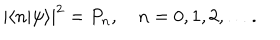
| \langle n | \psi \rangle | ^ { 2 } = P _ { n } , \quad n = 0 , 1 , 2 , \ldots .